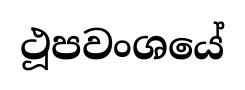
ථූපවංශයේ